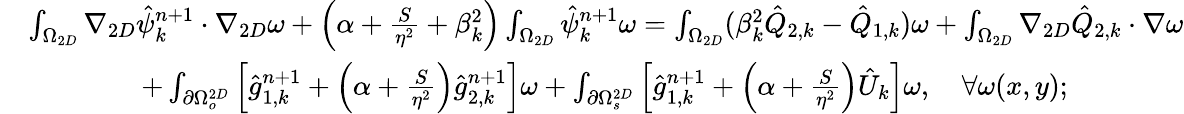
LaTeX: \begin{array}{rl}{\small}&{\int_{\Omega_{2D}}\nabla_{2D}\hat{\psi}_{k}^{n+1}\cdot\nabla_{2D}\omega+\left(\alpha+\frac{S}{\eta^{2}}+\beta_{k}^{2}\right)\int_{\Omega_{2D}}\hat{\psi}_{k}^{n+1}\omega=\int_{\Omega_{2D}}(\beta_{k}^{2}\hat{Q}_{2,k}-\hat{Q}_{1,k})\omega+\int_{\Omega_{2D}}\nabla_{2D}\hat{Q}_{2,k}\cdot\nabla\omega}\\ &{\quad\quad\quad\quad+\int_{\partial\Omega_{o}^{2D}}\left[\hat{g}_{1,k}^{n+1}+\left(\alpha+\frac{S}{\eta^{2}}\right)\hat{g}_{2,k}^{n+1}\right]\omega+\int_{\partial\Omega_{s}^{2D}}\left[\hat{g}_{1,k}^{n+1}+\left(\alpha+\frac{S}{\eta^{2}}\right)\hat{U}_{k}\right]\omega,\quad\forall\omega(x,y);}\end{array}